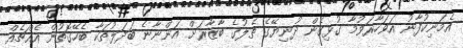
އެމަނިކުފާނު އަވަހާރަވުމާ ގުޅިގެން ދުނިޔޭގެ ތެލުގެ ބާޒާރަށް އަންނާނެ ބަދަލުތަކާ ބެހޭގޮތުން އެއްޗެއް